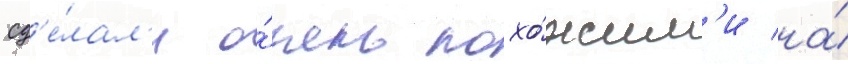
сд'е́лал'и о́чень похо́жим'и на́